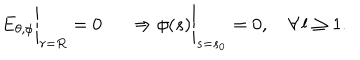
LaTeX: \left. \phantom { \frac { 1 } { \mu _ { 2 } } } E _ { \theta , \phi } \right| _ { r = R } = 0 \left. \phantom { \frac { 1 } { \mu _ { 2 } } } \Rightarrow \phi ( s ) \right| _ { s = s _ { 0 } } = 0 , \quad \forall \, l \geq 1 .